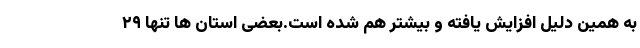
به همین دلیل افزایش یافته و بیشتر هم شده است.بعضی استان ها تنها ۲۹